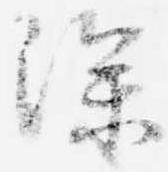
深